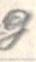
g